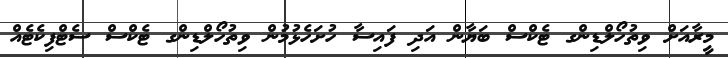
މީރާއަށް ވިތުހޯލްޑިންގ ޓެކްސް ބަޔާން އަދި ފައިސާ ހުށަހެޅުމުން ވިތުހޯލްޑިންގ ޓެކްސް ސެޓްފިކެޓެއް